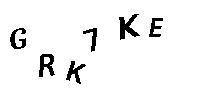
GRK7KE